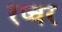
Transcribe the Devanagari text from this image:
रेप्चर